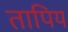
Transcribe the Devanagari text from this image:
तापिय